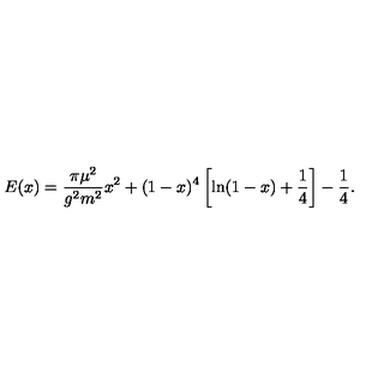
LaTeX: E ( x ) = \frac { \pi \mu ^ { 2 } } { g ^ { 2 } m ^ { 2 } } x ^ { 2 } + ( 1 - x ) ^ { 4 } \left[ \ln ( 1 - x ) + \frac { 1 } { 4 } \right] - \frac { 1 } { 4 } .